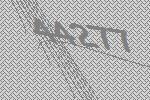
44277